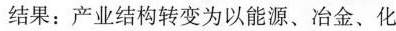
结果：产业结构转变为以能源、冶金、化